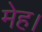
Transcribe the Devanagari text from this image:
मेह।